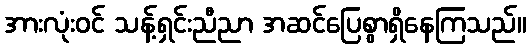
အားလုံးဝင် သန့်ရှင်းညီညာ အဆင်ပြေစွာရှိနေကြသည်။